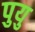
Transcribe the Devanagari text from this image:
पुयु